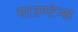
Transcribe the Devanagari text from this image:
माउण्टेन्स